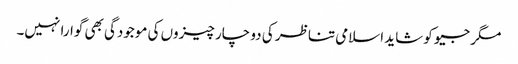
مگر جیو کو شاید اسلامی تناظر کی دو چار چیزوں کی موجودگی بھی گوارا نہیں۔